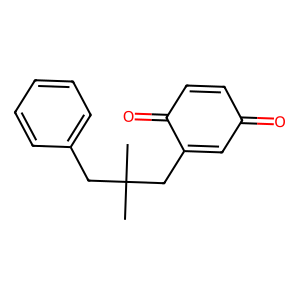
SMILES: CC(C)(CC1=CC(=O)C=CC1=O)Cc1ccccc1
Inhibits HIV replication: No